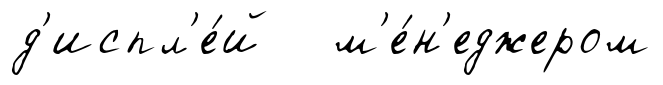
д'испл'е́й м'е́н'еджером